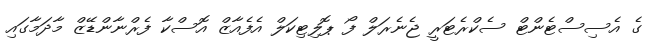
ގެ އެސިސްޓެންޓް ސެކްރެޓަރީ ޖެނެރަލް ފޯ ޕޮލިޓިކަލް އެފެއާޒް އޮސްކާ ފެރްނާންޑޭޒް މާދަމާގައި